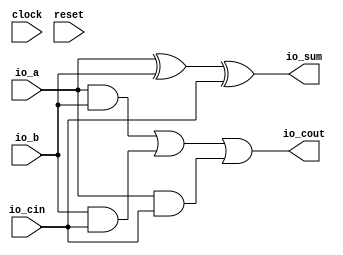
module FullAdder(
  input   clock,
  input   reset,
  input   io_a,
  input   io_b,
  input   io_cin,
  output  io_sum,
  output  io_cout
);
  wire  a_xor_b = io_a ^ io_b; // @[FullAdder.scala 16:22]
  wire  a_and_b = io_a & io_b; // @[FullAdder.scala 19:22]
  wire  b_and_cin = io_b & io_cin; // @[FullAdder.scala 20:24]
  wire  a_and_cin = io_a & io_cin; // @[FullAdder.scala 21:24]
  wire  _T_1 = a_and_b | b_and_cin; // @[FullAdder.scala 22:22]
  assign io_sum = a_xor_b ^ io_cin; // @[FullAdder.scala 17:10]
  assign io_cout = _T_1 | a_and_cin; // @[FullAdder.scala 22:11]
endmodule